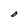
Character: O